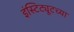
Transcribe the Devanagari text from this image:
इंस्टिट्यूटच्या